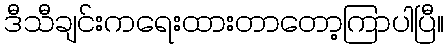
ဒီသီချင်းကရေးထားတာတော့ကြာပါပြီ။